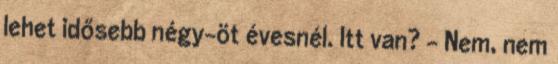
lehet idősebb négy-öt évesnél. Itt van? - Nem, nem